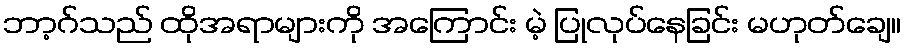
ဘာ့ဂ်သည် ထိုအရာများကို အကြောင်း မဲ့ ပြုလုပ်နေခြင်း မဟုတ်ချေ။